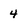
Character: 4